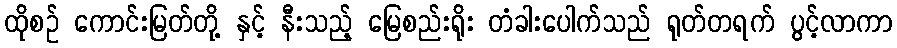
ထိုစဉ် ကောင်းမြတ်တို့ နှင့် နီးသည့် မြေစည်းရိုး တံခါးပေါက်သည် ရုတ်တရက် ပွင့်လာကာ